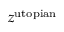
z ^ { \mathrm { u t o p i a n } }